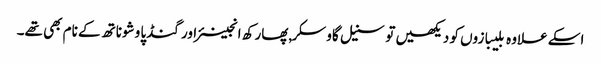
اسکے علاوہ بلیبازوں کو دیکھیں تو سنیل گاوسکر,پھارکھ انجینئر اور گنڈپا وشوناتھ کے نام بھی تھے۔